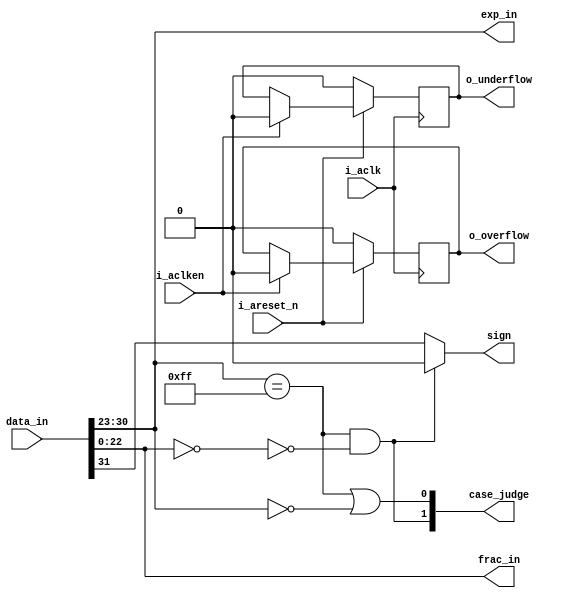
//////////////////////////////////////////////////////////////////////////////
//
// Copyright (c) 2014 PANGO MICROSYSTEMS, INC
// ALL RIGHTS REVERVED.
//
// THE SOURCE CODE CONTAINED HEREIN IS PROPRIETARY TO PANGO MICROSYSTEMS, INC.
// IT SHALL NOT BE REPRODUCED OR DISCLOSED IN WHOLE OR IN PART OR USED BY
// PARTIES WITHOUT WRITTEN AUTHORIZATION FROM THE OWNER.
//
//////////////////////////////////////////////////////////////////////////////
//
// Library:
// Function: 
//
//////////////////////////////////////////////////////////////////////////////
`timescale 1ns/1ns

module ipsxe_floating_point_input_decode_v1_0 #(
    parameter FLOAT_IN_EXP = 8,
    parameter FLOAT_IN_FRAC = 24, //include the hidden one
    parameter FLOAT_OUT_EXP = 11,
    parameter FLOAT_OUT_FRAC = 53 //include the hidden one
)
(
    input i_aclk,
    input i_aclken,
    input i_areset_n,
    input [FLOAT_IN_EXP+FLOAT_IN_FRAC-1:0] data_in,

    output sign,
    output [FLOAT_IN_EXP-1:0] exp_in,
    output [FLOAT_IN_FRAC-2:0] frac_in,
    output [1:0] case_judge,
    output reg o_overflow,
    output reg o_underflow
);

localparam EXP_BIAS_IN = 2 ** (FLOAT_IN_EXP-1) - 1;
localparam EXP_BIAS_OUT = 2 ** (FLOAT_OUT_EXP-1) - 1;

//////////////////// wire & reg ////////////////////
wire [2:0] special_judge;
wire overflow, underflow;

//////////////////// decode special cases ////////////////////
    assign special_judge[2] = exp_in == 2**(FLOAT_IN_EXP)-1;
    assign special_judge[1] = exp_in == 0;
    assign special_judge[0] = frac_in == 0;

    assign sign = case_judge[1] ? 0 : data_in[FLOAT_IN_EXP+FLOAT_IN_FRAC-1];//nan -> sign=0
    assign {exp_in, frac_in} = data_in[FLOAT_IN_EXP+FLOAT_IN_FRAC-2 : 0];

//////////////////// judge underflow and overflow ////////////////////
generate
    if(FLOAT_IN_EXP > FLOAT_OUT_EXP) begin
        assign overflow = exp_in > (EXP_BIAS_IN+EXP_BIAS_OUT+1);
        assign underflow = exp_in < (EXP_BIAS_IN-EXP_BIAS_OUT);

        assign case_judge[1] = special_judge[2] & !special_judge[0]; //frac = 1000
        assign case_judge[0] = underflow | overflow; //exp = 0 | 1111, frac = 0
    end
    else begin
        assign overflow = 1'b0;
        assign underflow = 1'b0;

        assign case_judge[1] = special_judge[2] & !special_judge[0]; //frac = 1000
        assign case_judge[0] = special_judge[2] | special_judge[1]; //exp = 0 | 1111, frac = 0
    end
endgenerate

    always @(posedge i_aclk) begin
        if(!i_areset_n) begin
            o_overflow <= 0;
            o_underflow <= 0;
        end
        else if(i_aclken) begin
            o_overflow <= overflow & !special_judge[2];
            o_underflow <= underflow & !special_judge[1];
        end
    end


endmodule